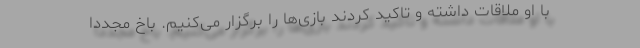
با او ملاقات داشته و تاکید کردند بازی‌ها را برگزار می‌کنیم. باخ مجدداً